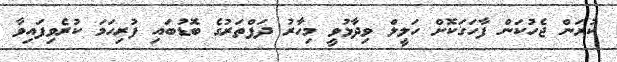
ކުރަން ޖެހުކަން ފާހަގަކޮށް ހަލީލް ވިދާޅުވީ މިހާރު ދަފްތަރުގެ ބޮޑުބައި ފުރިހަމަ ކުރެވިފައިވާ